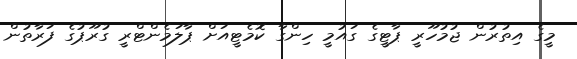
މީގެ އިތުރުން ޖުމުހޫރީ ޕާޓީގެ ގައުމީ ހިންގާ ކޮމެޓީއަށް ޕާލަމެންޓްރީ ގުރޫޕުގެ ފަރާތުން